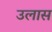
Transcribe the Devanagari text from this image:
उलास